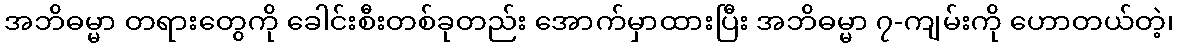
အဘိဓမ္မာ တရားတွေကို ခေါင်းစီးတစ်ခုတည်း အောက်မှာထားပြီး အဘိဓမ္မာ ၇-ကျမ်းကို ဟောတယ်တဲ့၊